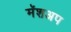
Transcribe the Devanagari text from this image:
मॅशअप